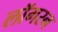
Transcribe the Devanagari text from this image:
लॉगरन